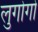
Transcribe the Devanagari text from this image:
लुगोगो